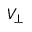
V _ { \perp }